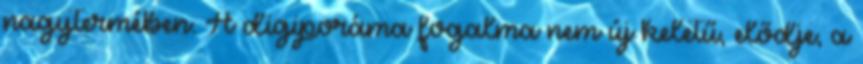
nagytermében. A digiporáma fogalma nem új keletű, elődje, a